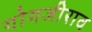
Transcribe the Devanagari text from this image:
गोगजीराव